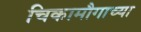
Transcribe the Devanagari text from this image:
चिकामौगाच्या